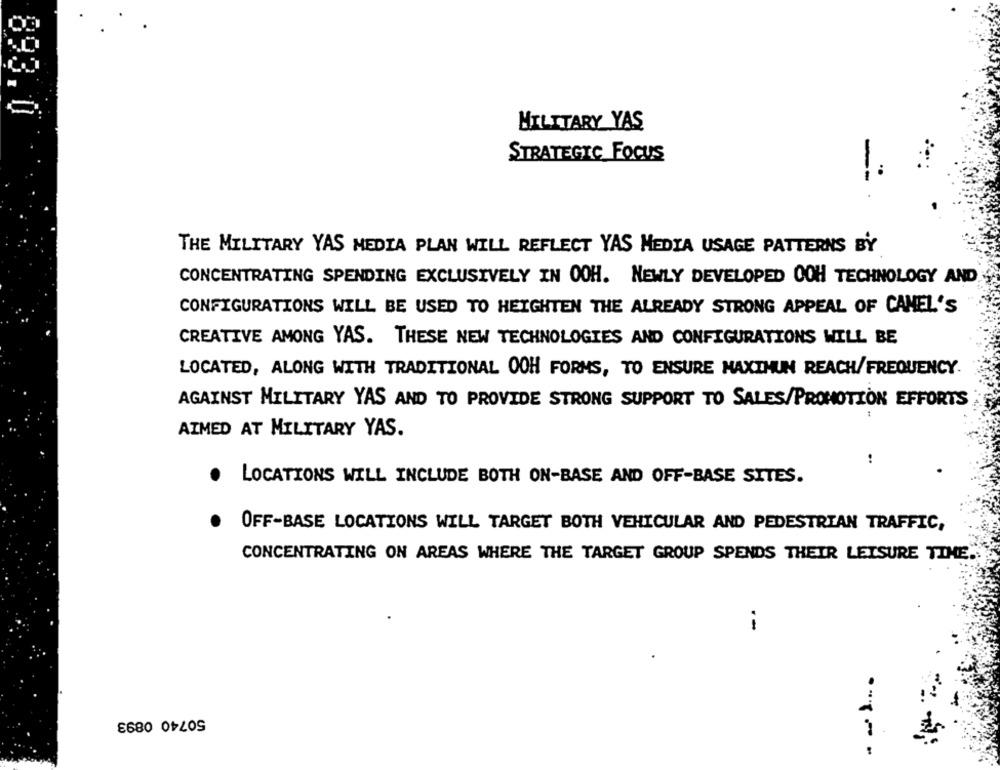
893.0
MILITARY YAS
STRATEGIC FOCUS
THE MILITARY YAS MEDIA PLAN WILL REFLECT YAS MEDIA USAGE PATTERNS BY
CONCENTRATING SPENDING EXCLUSIVELY IN OOH. NEWLY DEVELOPED OOH TECHNOLOGY AND
CONFIGURATIONS WILL BE USED TO HEIGHTEN THE ALREADY STRONG APPEAL OF CAMEL'S
CREATIVE AMONG YAS. THESE NEW TECHNOLOGIES AND CONFIGURATIONS WILL BE
LOCATED, ALONG WITH TRADITIONAL OOH FORMS, TO ENSURE MAXINUN REACH/FREQUENCY.
AGAINST MILITARY YAS AND TO PROVIDE STRONG SUPPORT TO SALES/PROMOTION EFFORTS
AIMED AT MILITARY YAS.
..
LOCATIONS WILL INCLUDE BOTH ON-BASE AND OFF-BASE SITES.
OFF-BASE LOCATIONS WILL TARGET BOTH VEHICULAR AND PEDESTRIAN TRAFFIC,
CONCENTRATING ON AREAS WHERE THE TARGET GROUP SPENDS THEIR LEISURE TIME.
--
50740 0893
--- -